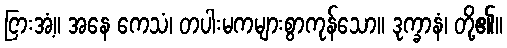
ငြားအံ့။ အနေ ကေသံ၊ တပါးမကများစွာကုန်သော။ ဒုက္ခာနံ၊ တို့၏။